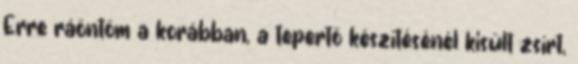
Erre ráöntöm a korábban, a tepertő készítésénél kisült zsírt,